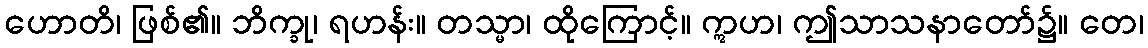
ဟောတိ၊ ဖြစ်၏။ ဘိက္ခု၊ ရဟန်း။ တသ္မာ၊ ထိုကြောင့်။ ဣဟ၊ ဤသာသနာတော်၌။ တေ၊